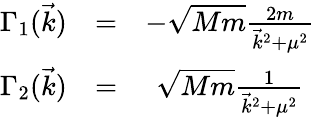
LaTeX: \begin{array}{ccc}{{\Gamma_{1}(\vec{k})}}&{{=}}&{{-\sqrt{Mm}\frac{2m}{\vec{k}^{2}+\mu^{2}}}}\\ {{\Gamma_{2}(\vec{k})}}&{{=}}&{{\sqrt{Mm}\frac{1}{\vec{k}^{2}+\mu^{2}}}}\end{array}